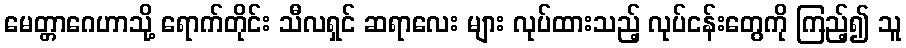
မေတ္တာဂေဟာသို့ ရောက်တိုင်း သီလရှင် ဆရာလေး များ လုပ်ထားသည့် လုပ်ငန်းတွေကို ကြည့်၍ သူ